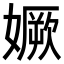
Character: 㜧